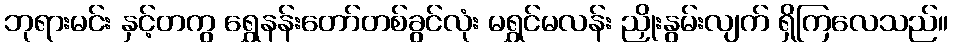
ဘုရားမင်း နှင့်တကွ ရွှေနန်းတော်တစ်ခွင်လုံး မရွှင်မလန်း ညှိုးနွမ်းလျက် ရှိကြလေသည်။